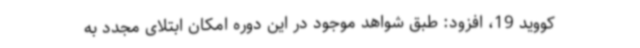
کووید 19، افزود: طبق شواهد موجود در این دوره امکان ابتلای مجدد به